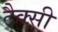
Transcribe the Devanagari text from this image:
टैक्सी